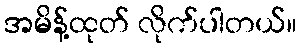
အမိန့်ထုတ် လိုက်ပါတယ်။